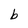
Character: b